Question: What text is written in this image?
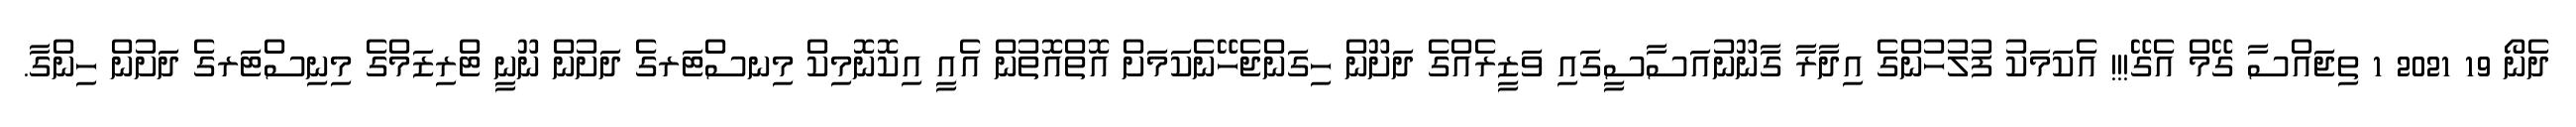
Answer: ދެނޯ 19 2021 1 ތިޖައްސާ ގޭމް އެގޭ!!! އެކަމަކު ފުލުހުންގެ އިދާރާ ގާނޫނުއަސާސީގައި ވަޒީރެއްގެ ދަށޫން ހިގަންޖެހޭނެކަމަށް އޮތްއޮތުން އެއީ އިކޮނޮމިކް މިނސްޓަރގެ ދަށުން ނޫނީ ޓްރިޒަމްގެ މިނިސްޓަރގެ ދަށުން ހިންގާ.